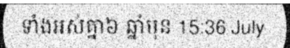
ទាំងអស់គ្នា៦ ឆ្នាំមុន 15:36 July